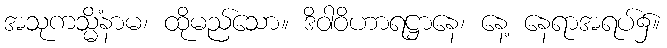
အသုကသ္မိံနာမ၊ ထိုမည်သော။ ဒိဝါဝိဟာရဋ္ဌာနေ၊ နေ့ နေရာအရပ်၌။